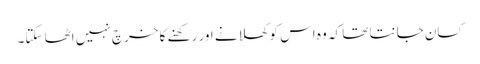
کسان جانتا تھا کہ وہ اس کو کھلانے اور رکھنے کا خرچ نہیں اٹھا سکتا۔